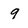
Character: 9